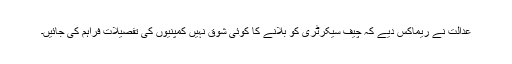
عدالت نے ریماکس دیے کہ چیف سیکرٹری کو بلانے کا کوئی شوق نہیں کمپنیوں کی تفصیلات فراہم کی جائیں۔